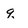
Character: 9